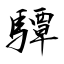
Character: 驔